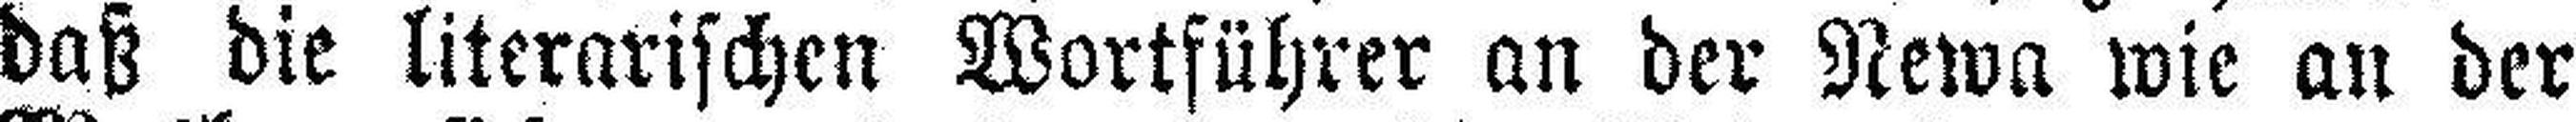
daß die literarischen Wortführer an der Newa wie an der